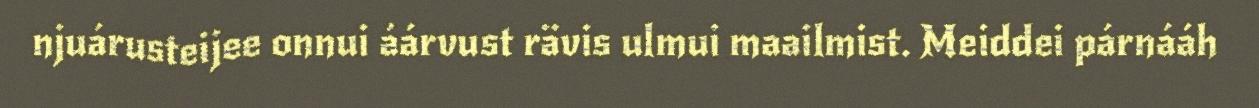
njuárusteijee onnui áárvust rävis ulmui maailmist. Meiddei párnááh